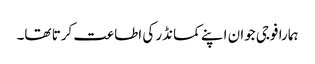
ہمارا فوجی جوان اپنے کمانڈر کی اطاعت کرتا تھا۔